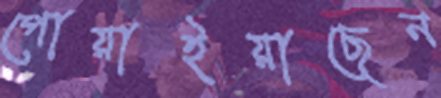
পোয়াইয়াছেন